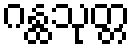
ဂန္ထသုတ္တ